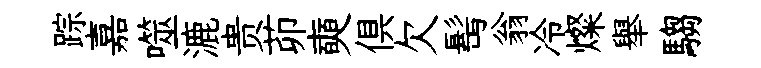
踪嘉噬漉贵茆奭俱欠髩翁冷燦舉騶